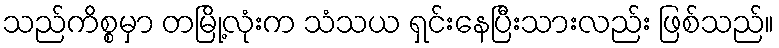
သည်ကိစ္စမှာ တမြို့လုံးက သံသယ ရှင်းနေပြီးသားလည်း ဖြစ်သည်။